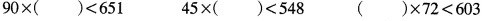
$$9 0 \times ( ) < 6 5 1$$ $$4 5 \times ( ) < 5 4 8$$ $$( ) \times 7 2 < 6 0 3$$